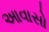
આવાસો